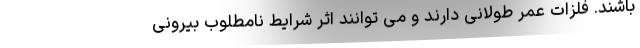
باشند. فلزات عمر طولانی دارند و می توانند اثر شرایط نامطلوب بیرونی